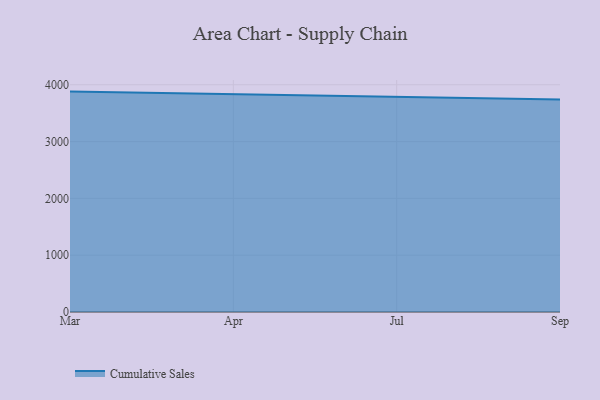
{"axis": {"x": "Month", "y": "LTV (USD)"}, "legend": ["Cumulative Sales"], "data": [{"x": "Mar", "y": 3879.8, "type": "Cumulative Sales"}, {"x": "Apr", "y": 3830.7, "type": "Cumulative Sales"}, {"x": "Jul", "y": 3791.3, "type": "Cumulative Sales"}, {"x": "Sep", "y": 3741.0, "type": "Cumulative Sales"}]}